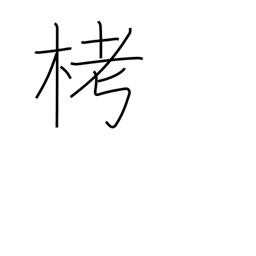
Meaning: cloth woven from tree fibres